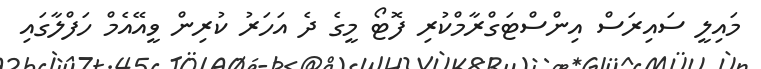
މައިލީ ސައިރަސް އިންސްޓަގްރާމްކުރި ފޮޓޯ މީގެ ދެ އަހަރު ކުރިން ވީއޭއެމް ހަފްލާގައި